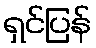
ရှင်ပြန်